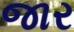
જાર